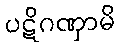
ပဋိဂဏှာမိ